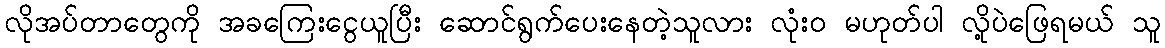
လိုအပ်တာတွေကို အခကြေးငွေယူပြီး ဆောင်ရွက်ပေးနေတဲ့သူလား လုံးဝ မဟုတ်ပါ လို့ပဲဖြေရမယ် သူ